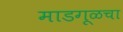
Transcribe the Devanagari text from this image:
माडगूळचा